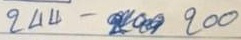
244 - 200